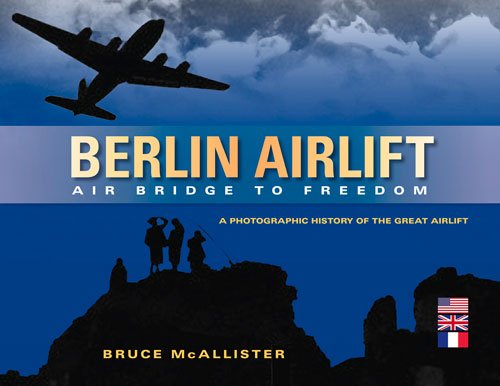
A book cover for Berlin Airlift: Air Bridge to Freedom: A Photographic History of the Great Airlift; Bruce McAllister; Arts & Photography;